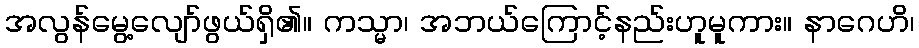
အလွန်မွေ့လျော်ဖွယ်ရှိ၏။ ကသ္မာ၊ အဘယ်ကြောင့်နည်းဟူမူကား။ နာဂေဟိ၊